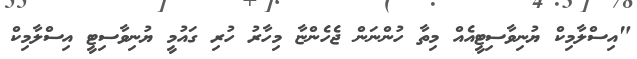
"އިސްލާމިކް ޔުނިވާސިޓީއެއް މިތާ ހުންނަން ޖެހެންޏާ މިހާރު ހުރި ގައުމީ ޔުނިވާސިޓީ އިސްލާމިކް